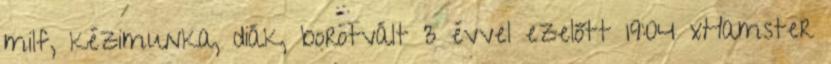
milf, kézimunka, diák, borotvált 3 évvel ezelőtt 19:04 xHamster